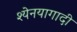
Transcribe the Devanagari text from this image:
श्येनयागादी